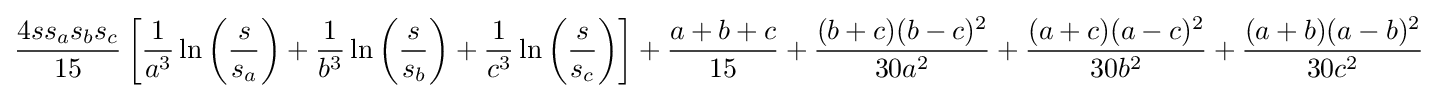
{\frac {4ss_{a}s_{b}s_{c}}{15}}\left[{\frac {1}{a^{3}}}\ln \left({\frac {s}{s_{a}}}\right)+{\frac {1}{b^{3}}}\ln \left({\frac {s}{s_{b}}}\right)+{\frac {1}{c^{3}}}\ln \left({\frac {s}{s_{c}}}\right)\right]+{\frac {a+b+c}{15}}+{\frac {(b+c)(b-c)^{2}}{30a^{2}}}+{\frac {(a+c)(a-c)^{2}}{30b^{2}}}+{\frac {(a+b)(a-b)^{2}}{30c^{2}}}